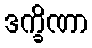
ဒက္ခိဏာ